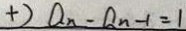
+ ) 2 a _ { n } - a _ { n - 1 } = 1